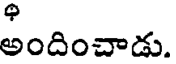
అందించాడు.